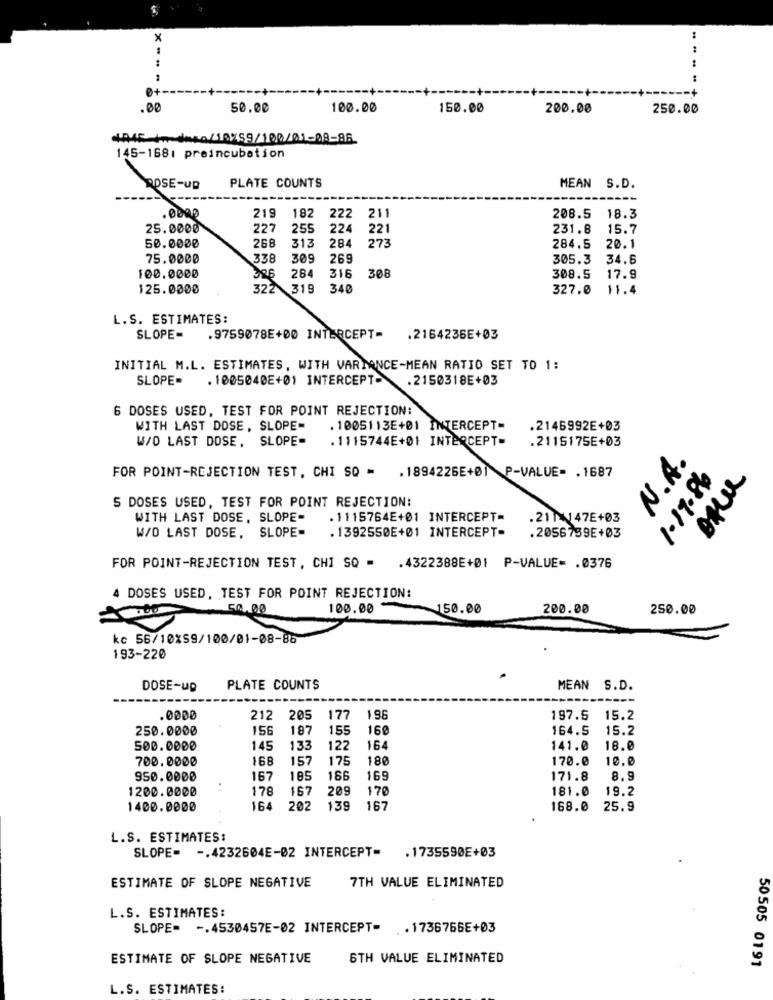
x
.00
50.00
100.00
150.00
200.00
250.00
445 ---- 60/10/59/100/01-08-86
145-168: preincubation
ROSE-UD
PLATE COUNTS
MEAN S.D.
182
222
.0000
219
. 211
208.5 18.3
25.0000
227
255
224
221
231.8
15.7
50.0000
268
313
273
284
284.5
20.1
75.0000
338
309
269
305.3
34.6
284
316
308
100.0000
326
308.5
17.9
125.0000
322
319
340
327.0
11.4
L.S. ESTIMATES:
SLOPE-
.9759078E+00 INTERCEPT= . 2164236E+03
INITIAL M.L. ESTIMATES, WITH VARIANCE-MEAN RATIO SET TO 1:
SLOPE-
. 1005040E+01 INTERCEPT-
.2150318E+03
6 DOSES USED, TEST FOR POINT REJECTION:
WITH LAST DOSE, SLOPE-
. 1005113E+01 INTERCEPT=
.2146992E+03
W/O LAST DOSE, SLOPE-
. 1115744E+01 INTERCEPT-
.2115175E+03
N.A.
FOR POINT-REJECTION TEST, CHI SO = . 1894226E+01 P-VALUE= . 1687
S DOSES USED, TEST FOR POINT REJECTION:
WITH LAST DOSE, SLOPE-
. 1115764E+01 INTERCEPT=
.211 147E+03
W/O LAST DOSE, SLOPE=
. 1392550E+01 INTERCEPT-
.2056739E+03
98-21-1
FOR POINT-REJECTION TEST, CHI SQ = . 4322388E+01 P-VALUE= . 0376
4 DOSES USED, TEST FOR POINT REJECTION:
50.00
100.00
150.00
200.00
250.00
kc 56/10%59/100/01-08-86
193-220
DOSE-up
PLATE COUNTS
MEAN S.D.
.0000
212
205
177 196
197.5
15.2
250.0000
156
187
155
160
164.5
15.2
500.0000
145
133
122
164
141.0
18.0
700.0000
168
157
175
180
170.0
10.0
950.0000
167
185
166
169
171.8
8.9
1200.0000
178
167
209
170
181.0
19.2
1400.0000
164
202
139
167
168.0 25.9
L.S. ESTIMATES:
SLOPE= -. 4232604E-02 INTERCEPT= . 1735590E+03
7TH VALUE ELIMINATED
ESTIMATE OF SLOPE NEGATIVE
L.S. ESTIMATES:
SLOPE= -. 4530457E-02 INTERCEPT- . 1736766E+03
ESTIMATE OF SLOPE NEGATIVE
6TH VALUE ELIMINATED
50505 0191
L.S. ESTIMATES: